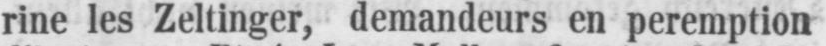
rine les Zeltinger, demandeurs en peremption